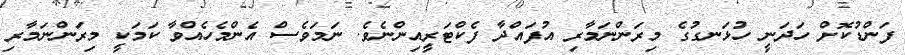
ފަންޑުކޮށް ހަދަނީ ހުޅަނގުގެ މިރަންނަމާރި އުފައްދާ ފެކްޓަރީއިންނެވެ. ނަމަވެސް އެންމެހެއްވާ ކަމަކީ މިރަންނަމާރި